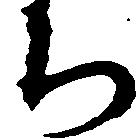
ち